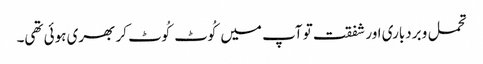
تحمل و بردباری اور شفقت تو آپ میں کُوٹ کُوٹ کر بھری ہوئی تھی۔